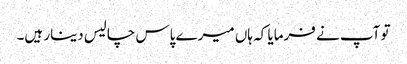
تو آپ نے فرمایا کہ ہاں میرے پاس چالیس دینار ہیں۔